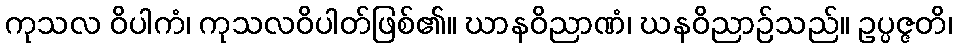
ကုသလ ဝိပါကံ၊ ကုသလဝိပါတ်ဖြစ်၏။ ဃာနဝိညာဏံ၊ ဃနဝိညာဉ်သည်။ ဥပ္ပဇ္ဇတိ၊